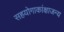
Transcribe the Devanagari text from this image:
सहयोगाकांक्षाजन्य